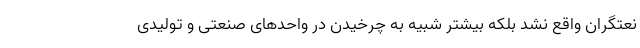
نعتگران واقع نشد بلکه بیشتر شبیه به چرخیدن در واحدهای صنعتی و تولیدی